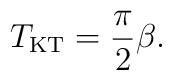
T_{\rm KT}=\frac{\pi}{ 2} \beta.